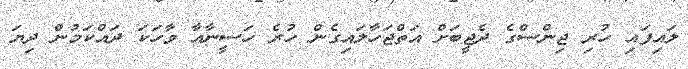
ލައިފައި ހުރި ޖިންސްގެ ދެޖީބަށް އަތްޖަހާލައިގެން ހުރެ ހަސީނާއާ ވާހަކަ ދައްކަމުން ދިޔަ